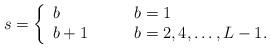
LaTeX: \begin{align*}s=\left\{\begin{array}{ll}b & \qquad b=1 \\b+1 & \qquad b=2,4,\ldots,L-1.\end{array} \right.\end{align*}